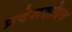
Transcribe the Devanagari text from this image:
प्रदेशशोधक